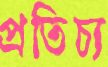
প্রতিচ্য